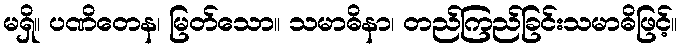
မရှိ။ ပဏိတေန၊ မြတ်သော။ သမာဓိနာ၊ တည်ကြည်ခြင်းသမာဓိဖြင့်။